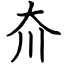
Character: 夼